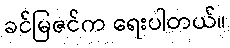
ခင်မြဇင်က ရေးပါတယ်။